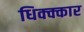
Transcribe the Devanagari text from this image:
धिक्क्कार